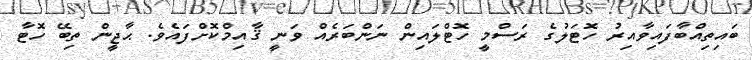
ބައިތިއްބާފައިވާއިރު ހޮޓަލުގެ ރަސްމީ ހޮޓްލައިން ނަންބަރެއް ވަނީ ޤާއިމްކޮށްފައެވެ. ޙާޖީން ތިބޭ ހޮޓާ